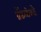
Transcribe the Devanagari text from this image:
ब्रॅडलीकडे